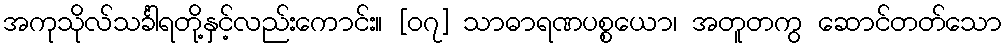
အကုသိုလ်သင်္ခါရတို့နှင့်လည်းကောင်း။ [၀၇] သာဓာရဏပစ္စယော၊ အတူတကွ ဆောင်တတ်သော